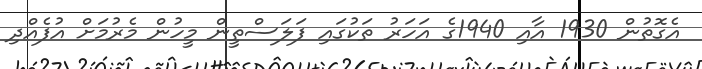
އެގޮތުން 1930 އާއި 1940ގެ އަހަރު ތަކުގައި ފަލަސްތީން މީހުން މެރުމަށް އުފެއްދި